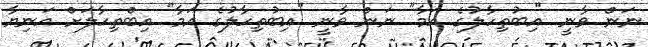
ނަން ވާނީ "އިބުތިހާލުގެ އަމާ" ނަން ވާނީ "އިބުތިހާލުގެ އަމާ" އިބްތިހާލަށް އަނިޔާ